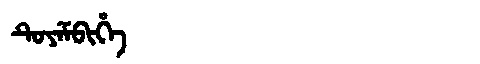
Manchu: ᡨᡠᠶᡝᠮᠪᡳᡥᡝ
Romanization: TUYEMBIHE